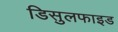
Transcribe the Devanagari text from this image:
डिसुलफाइड